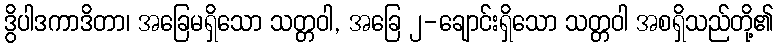
ဒွိပါဒကာဒိတာ၊ အခြေမရှိသော သတ္တဝါ, အခြေ ၂-ချောင်းရှိသော သတ္တဝါ အစရှိသည်တို့၏